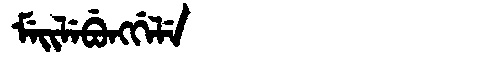
Manchu: ᠮᡝᡳᠯᡝᠪᡠᠩᡤᡝᠯᡝ
Romanization: MEILEBUNGGELE